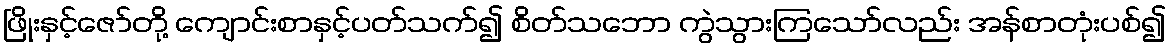
ဖြိုးနှင့်ဇော်တို့ ကျောင်းစာနှင့်ပတ်သက်၍ စိတ်သဘော ကွဲသွားကြသော်လည်း အန်စာတုံးပစ်၍